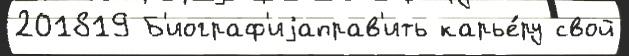
201819 Б'иограф'иjаправ'ить карье́ру свой